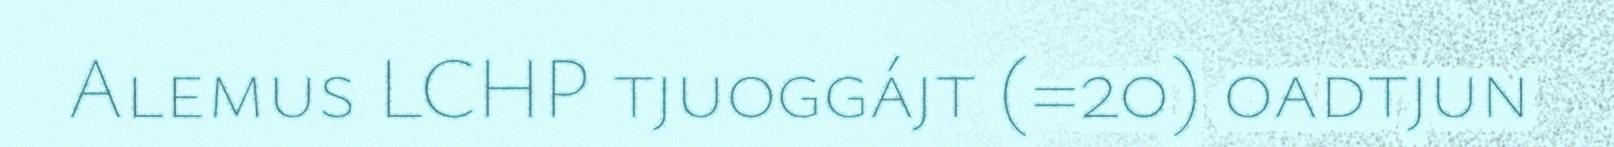
Alemus LCHP tjuoggájt (=20) oadtjun